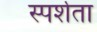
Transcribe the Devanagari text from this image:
स्पर्शता